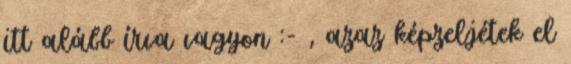
itt alább írva vagyon :- , azaz képzeljétek el